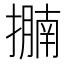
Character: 𢷁